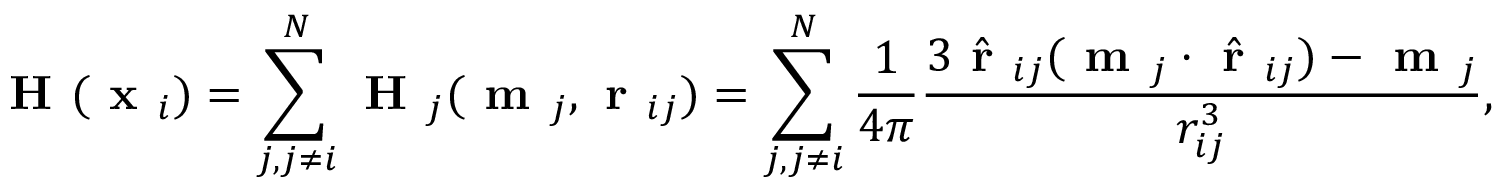
\begin{array} { r } { \textbf { H } ( \textbf { x } _ { i } ) = \displaystyle \sum _ { j , j \neq i } ^ { N } \textbf { H } _ { j } ( \textbf { m } _ { j } , \textbf { r } _ { i j } ) = \displaystyle \sum _ { j , j \neq i } ^ { N } \frac { 1 } { 4 \pi } \frac { 3 \hat { \textbf { r } } _ { i j } ( \textbf { m } _ { j } \cdot \hat { \textbf { r } } _ { i j } ) - \textbf { m } _ { j } } { r _ { i j } ^ { 3 } } , } \end{array}